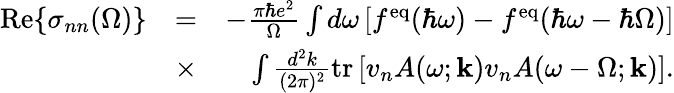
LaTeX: \begin{array}{rlr}{\mathrm{Re}{\left\{ \sigma_{nn}(\Omega)\right\} }}&{=}&{-\frac{\pi\hbar e^{2}}{\Omega}\int d\omega\left[f^{\mathrm{eq}}(\hbar\omega)-f^{\mathrm{eq}}(\hbar\omega-\hbar\Omega)\right]}\\ &{\times}&{\int\frac{d^{2}k}{(2\pi)^{2}}\mathrm{tr}\left[v_{n}A(\omega;\mathbf{k})v_{n}A(\omega-\Omega;\mathbf{k})\right].}\end{array}